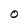
Character: O